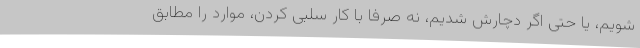
شویم، یا حتی اگر دچارش شدیم، نه صرفا با کار سلبی کردن، موارد را مطابق